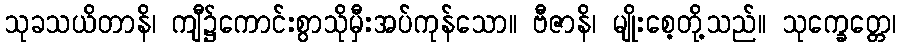
သုခသယိတာနိ၊ ကျီ၌ကောင်းစွာသိုမှီးအပ်ကုန်သော။ ဗီဇာနိ၊ မျိုးစေ့တို့သည်။ သုက္ခေတ္တေ၊